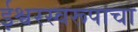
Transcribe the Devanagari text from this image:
ईश्वरस्वरूपाचा